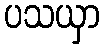
ပသယှာ